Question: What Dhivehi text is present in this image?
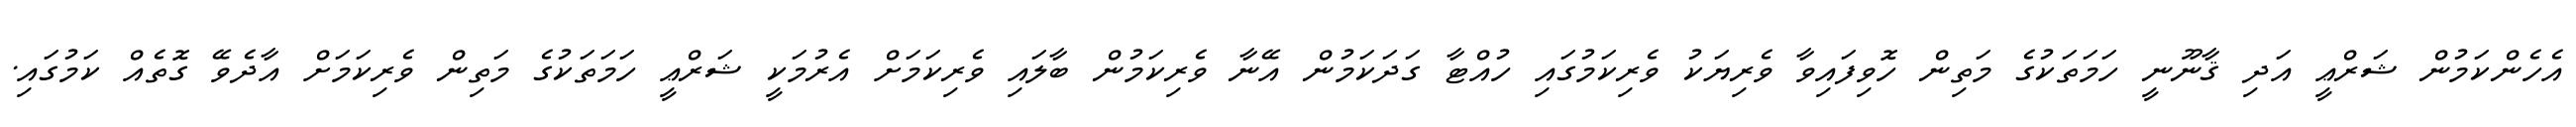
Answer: އެހެންކަމުން ޝަރްޢީ އަދި ޤާނޫނީ ހަމަތަކުގެ މަތިން ހޮވިފައިވާ ވެރިޔަކު ވެރިކަމުގައި ހުއްޓާ ގަދަކަމުން އޭނާ ވެރިކަމުން ބާލައި ވެރިކަމަށް އެރުމަކީ ޝަރްޢީ ހަމަތަކުގެ މަތިން ވެރިކަމަށް އާދެވޭ ގޮތެއް ކަމުގައި.